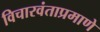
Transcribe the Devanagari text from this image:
विचारवंताप्रमाणे